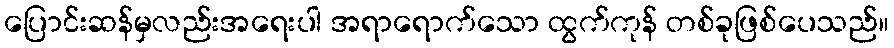
ပြောင်းဆန်မှလည်းအရေးပါ အရာရောက်သော ထွက်ကုန် တစ်ခုဖြစ်ပေသည်။